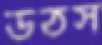
উঠস